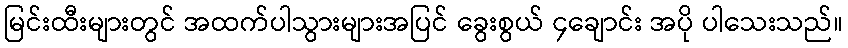
မြင်းထီးများတွင် အထက်ပါသွားများအပြင် ခွေးစွယ် ၄ချောင်း အပို ပါသေးသည်။